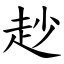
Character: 赻